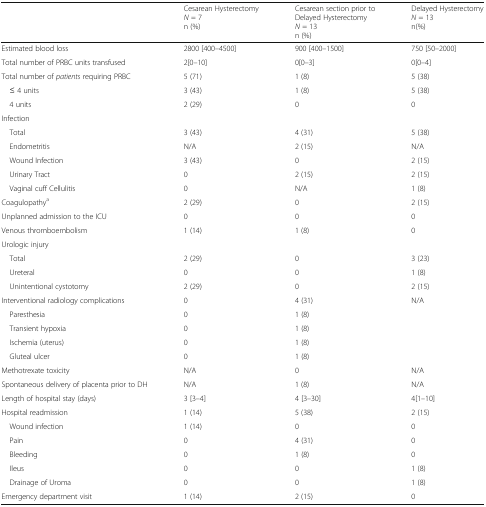
<table><thead><tr><td></td><td><b>Cesarean Hysterectomy<i>N</i> = 7n (%)</b></td><td><b>Cesarean section prior toDelayed Hysterectomy<i>N</i> = 13n (%)</b></td><td><b>Delayed Hysterectomy<i>N</i> = 13n(%)</b></td></tr></thead><tbody><tr><td>Estimated blood loss</td><td>2800 [400–4500]</td><td>900 [400–1500]</td><td>750 [50–2000]</td></tr><tr><td>Total number of PRBC units transfused</td><td>2[0–10]</td><td>0[0–3]</td><td>0[0–4]</td></tr><tr><td>Total number of <i>patients</i> requiring PRBC</td><td>5 (71)</td><td>1 (8)</td><td>5 (38)</td></tr><tr><td> ≤ 4 units</td><td>3 (43)</td><td>1 (8)</td><td>5 (38)</td></tr><tr><td> 4 units</td><td>2 (29)</td><td>0</td><td>0</td></tr><tr><td colspan="4">Infection</td></tr><tr><td> Total</td><td>3 (43)</td><td>4 (31)</td><td>5 (38)</td></tr><tr><td> Endometritis</td><td>N/A</td><td>2 (15)</td><td>N/A</td></tr><tr><td> Wound Infection</td><td>3 (43)</td><td>0</td><td>2 (15)</td></tr><tr><td> Urinary Tract</td><td>0</td><td>2 (15)</td><td>2 (15)</td></tr><tr><td> Vaginal cuff Cellulitis</td><td>0</td><td>N/A</td><td>1 (8)</td></tr><tr><td>Coagulopathy<sup>a</sup></td><td>2 (29)</td><td>0</td><td>2 (15)</td></tr><tr><td>Unplanned admission to the ICU</td><td>0</td><td>0</td><td>0</td></tr><tr><td>Venous thromboembolism</td><td>1 (14)</td><td>1 (8)</td><td>0</td></tr><tr><td>Urologic injury</td><td></td><td></td><td></td></tr><tr><td> Total</td><td>2 (29)</td><td>0</td><td>3 (23)</td></tr><tr><td> Ureteral</td><td>0</td><td>0</td><td>1 (8)</td></tr><tr><td> Unintentional cystotomy</td><td>2 (29)</td><td>0</td><td>2 (15)</td></tr><tr><td>Interventional radiology complications</td><td>0</td><td>4 (31)</td><td>N/A</td></tr><tr><td> Paresthesia</td><td>0</td><td>1 (8)</td><td></td></tr><tr><td> Transient hypoxia</td><td>0</td><td>1 (8)</td><td></td></tr><tr><td> Ischemia (uterus)</td><td>0</td><td>1 (8)</td><td></td></tr><tr><td> Gluteal ulcer</td><td>0</td><td>1 (8)</td><td></td></tr><tr><td>Methotrexate toxicity</td><td>N/A</td><td>0</td><td>N/A</td></tr><tr><td>Spontaneous delivery of placenta prior to DH</td><td>N/A</td><td>1 (8)</td><td>N/A</td></tr><tr><td>Length of hospital stay (days)</td><td>3 [3–4]</td><td>4 [3–30]</td><td>4[1–10]</td></tr><tr><td>Hospital readmission</td><td>1 (14)</td><td>5 (38)</td><td>2 (15)</td></tr><tr><td> Wound infection</td><td>1 (14)</td><td>0</td><td>0</td></tr><tr><td> Pain</td><td>0</td><td>4 (31)</td><td>0</td></tr><tr><td> Bleeding</td><td>0</td><td>1 (8)</td><td>0</td></tr><tr><td> Ileus</td><td>0</td><td>0</td><td>1 (8)</td></tr><tr><td> Drainage of Uroma</td><td>0</td><td>0</td><td>1 (8)</td></tr><tr><td>Emergency department visit</td><td>1 (14)</td><td>2 (15)</td><td>0</td></tr></tbody></table>